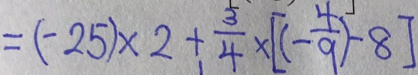
= ( - 2 5 ) \times 2 + \frac { 3 } { 4 } \times [ ( - \frac { 4 } { 9 } ) - 8 ]